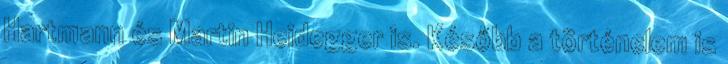
Hartmann és Martin Heidegger is. Később a történelem is